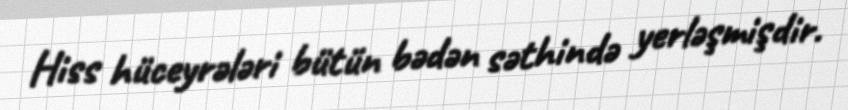
Hiss hüceyrələri bütün bədən səthində yerləşmişdir.